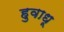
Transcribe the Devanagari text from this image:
हुवाधू